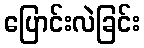
ပြောင်းလဲခြင်း